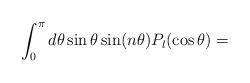
LaTeX: \begin{align*} \int_0^\pi d\theta \sin\theta \sin(n\theta) P_l(\cos\theta)=\end{align*}